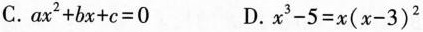
C.$$ax^{2}+bx+c=0$$ D.$$x^{3}-5=x(x-3)^{2}$$